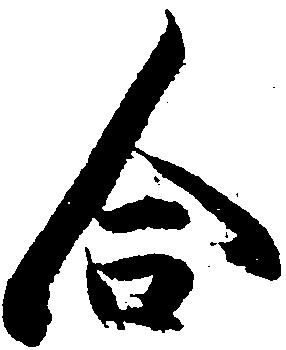
合